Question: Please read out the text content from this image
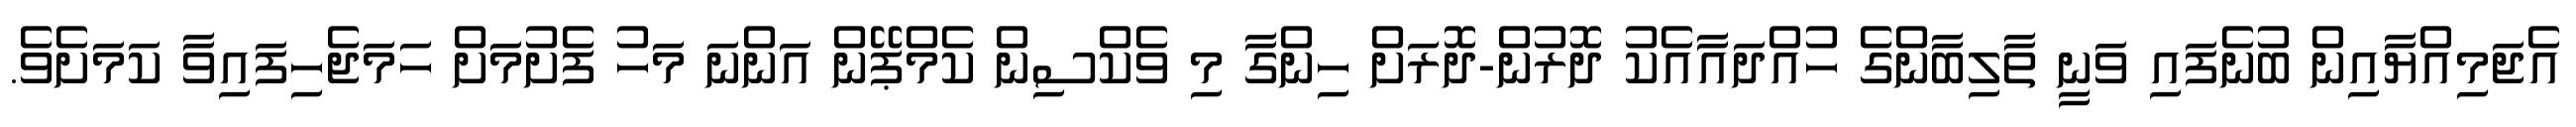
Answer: އެޖަމިއްޔާއިން ބުނެފައި ވަނީ ތާލިބާންގެ ހުއްދައާއެކު ދޮރުން-ދޮރަށް ހިންގާ މި ވެކްސިން ކެމްޕޭން އަންނަ މަހު ފެށުމަށް ހަމަޖެހިފައިވާ ކަމަށެވެ.